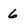
Character: 6